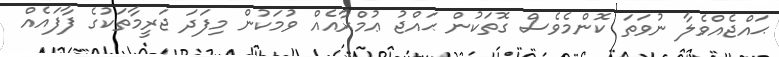
ޙައްޖެއްވެލާ ނުވަތަ ކޮންމެވެސް ގޮތަކުން ޙައްޖު ޢުމްރާއެއް ވުމަކުން މިފަދަ ޖަރީމާތަކުގެ ފާފައެއް